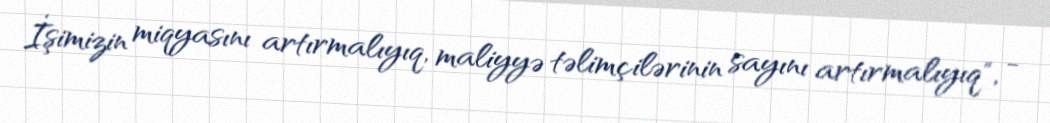
İşimizin miqyasını artırmalıyıq, maliyyə təlimçilərinin sayını artırmalıyıq", -